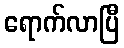
ရောက်လာပြီ